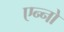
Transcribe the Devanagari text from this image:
एन्नो